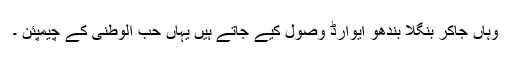
وہاں جاکر بنگلا بندھو ایوارڈ وصول کیے جاتے ہیں یہاں حب الوطنی کے چیمپئن ۔